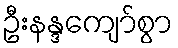
ဦးနန္ဒကျော်စွာ